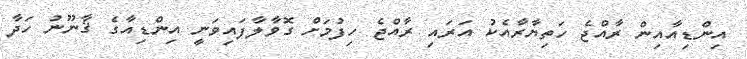
އިންޑިއާއިން ރާއްޖެ ހަތިޔާރާއެކު އަރައި ރާއްޖެ ހިފުމަށް ގޮވާލާފައިވަނީ އިންޑިއާގެ ޤާނޫނު ހަދާ